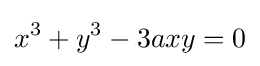
x^{3}+y^{3}-3axy=0